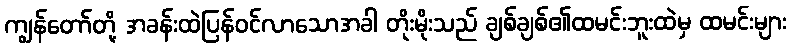
ကျွန်တော်တို့ အခန်းထဲပြန်ဝင်လာသောအခါ တိုးမိုးသည် ချစ်ချစ်၏ထမင်းဘူးထဲမှ ထမင်းများ